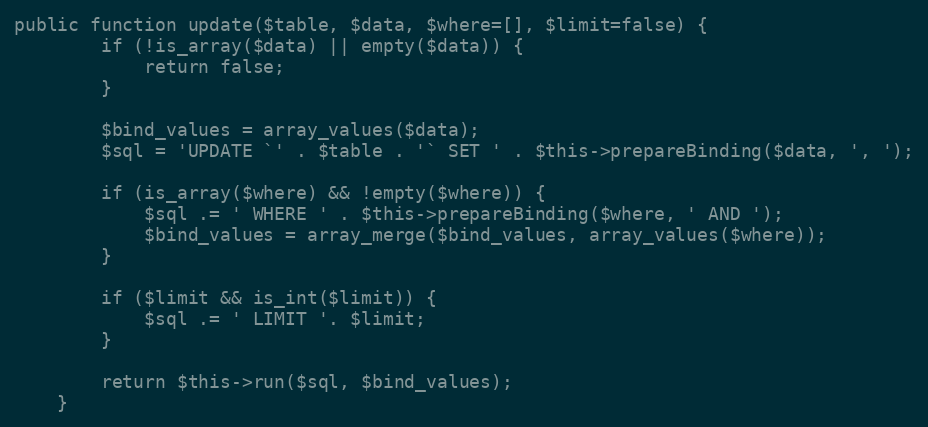
Language: PHP
public function update($table, $data, $where=[], $limit=false) {
        if (!is_array($data) || empty($data)) {
            return false;
        }

        $bind_values = array_values($data);
        $sql = 'UPDATE `' . $table . '` SET ' . $this->prepareBinding($data, ', ');

        if (is_array($where) && !empty($where)) {
            $sql .= ' WHERE ' . $this->prepareBinding($where, ' AND ');
            $bind_values = array_merge($bind_values, array_values($where));
        }

        if ($limit && is_int($limit)) {
            $sql .= ' LIMIT '. $limit;
        }

        return $this->run($sql, $bind_values);
    }